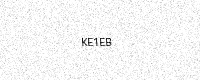
Text: KE1EB